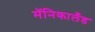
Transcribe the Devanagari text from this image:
मॅनिकालँड